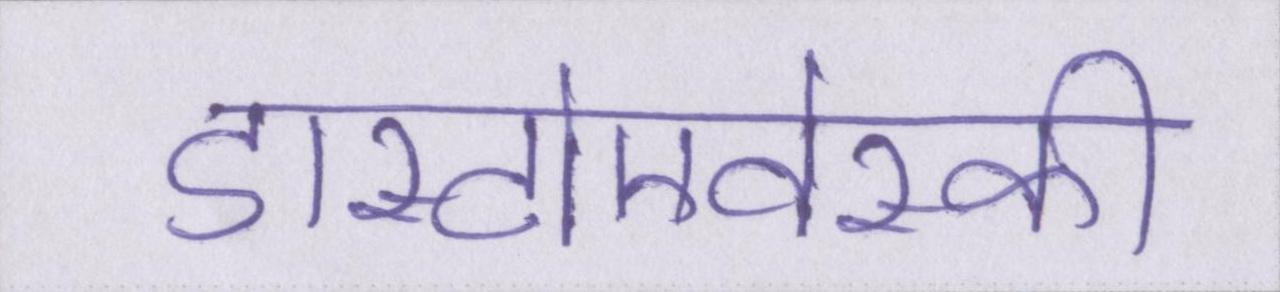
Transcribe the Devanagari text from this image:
डास्टोएवेस्की